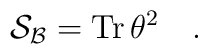
{\cal S_{B}} =  \mbox{Tr}\,\theta^2~~~.